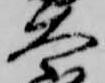
太